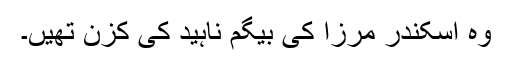
وہ اسکندر مرزا کی بیگم ناہید کی کزن تھیں۔